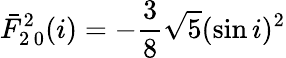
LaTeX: \bar{F}_{2\, 0}^{2}(i)=-\frac{3}{8}\sqrt{5}(\sin i)^{2}